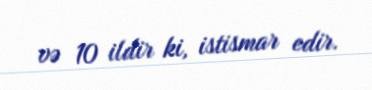
və 10 ildir ki, istismar edir.